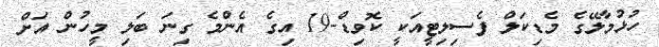
ހުޅުމާލޭގެ މެޑިކަލް ފެސިލިޓީއަކީ ކޮވިޑް-19 އިގެ އެންމެ ގިނަ ބަލި މީހުން އަށް